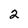
Character: 2